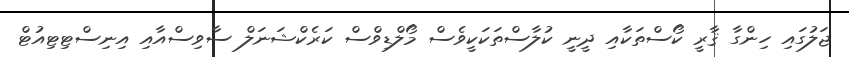
ޖަލުގައި ހިންގާ ޤާރީ ކޯސްތަކާއި ދީނީ ކުލާސްތަކަކީވެސް މޯލްޑިވްސް ކަރެކްޝަނަލް ސާވިސްއާއި އިނިސްޓިޓިއުޓް